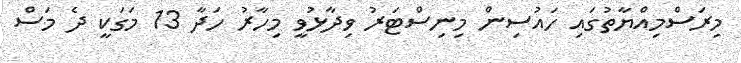
މިރަސްމިއްޔާތުގައި ހައުސިން މިނިސްޓަރު ވިދާޅުވީ މިހާރު ހަދާ 13 މަގަކީ ދެ މަސް